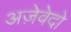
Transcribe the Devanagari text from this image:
अज़ेवेदो